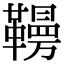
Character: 𩍗